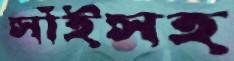
সাঁইসহ